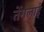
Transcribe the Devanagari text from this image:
तेंगलाई